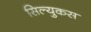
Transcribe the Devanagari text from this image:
सिल्युकस